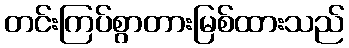
တင်းကြပ်စွာတားမြစ်ထားသည်